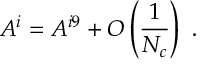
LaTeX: A ^ { i } = A ^ { i 9 } + { \cal O } \left( { \frac { 1 } { N _ { c } } } \right) \ .